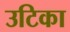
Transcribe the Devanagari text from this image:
उटिका